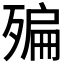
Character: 𣩀